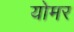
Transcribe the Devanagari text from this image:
योमर